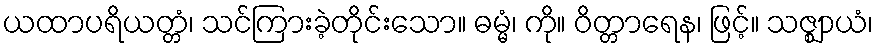
ယထာပရိယတ္တံ၊ သင်ကြားခဲ့တိုင်းသော။ ဓမ္မံ၊ ကို။ ဝိတ္တာရေန၊ ဖြင့်။ သဇ္ဈာယံ၊